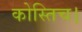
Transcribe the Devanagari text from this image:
कोस्तिच।